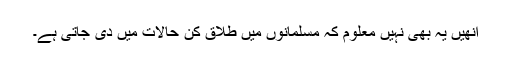
انھیں یہ بھی نہیں معلوم کہ مسلمانوں میں طلاق کن حالات میں دی جاتی ہے۔